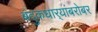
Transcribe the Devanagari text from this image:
बंदुकधार्‍यांबरोबर